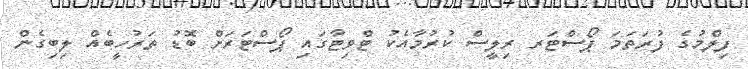
ފިލްމުގެ ފުރަތަމަ ޕޯސްޓަރ ރިލީސް ކުރުމާއެކު ޓްވިޓާގައި ޕޯސްޓަރަށް ބޮޑު ތަރުހީބެއް ލިބިގެން